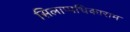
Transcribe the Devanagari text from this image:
सिलाप्पधिकाराम